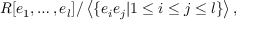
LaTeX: R [ e _ { 1 } , \ldots , e _ { l } ] / \left\langle \{ e _ { i } e _ { j } | 1 \leq i \leq j \leq l \} \right\rangle ,